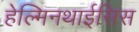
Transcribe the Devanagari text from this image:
हेल्मिनथाईसिस